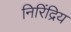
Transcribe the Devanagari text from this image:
निरिंद्रिय